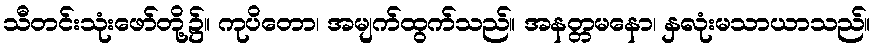
သီတင်းသုံးဖော်တို့၌။ ကုပိတော၊ အမျက်ထွက်သည်။ အနတ္တမနော၊ နှလုံးမသာယာသည်။